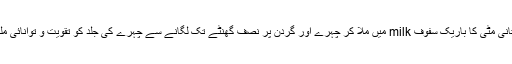
17-ملتانی مٹی کا باریک سفوف milk میں ملا کر چہرے اور گردن پر نصف گھنٹے تک لگانے سے چہرے کی جلد کو تقویت و توانائی ملتی ہے۔